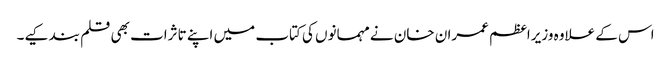
اس کے علاوہ وزیراعظم عمران خان نے مہمانوں کی کتاب میں اپنے تاثرات بھی قلم بند کیے۔